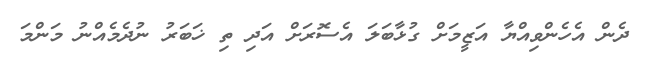
ދެން އެހެންވިއްޔާ އަޒީމަށް ގުޅާބަލަ އެސޮރަށް އަދި ތި ޚަބަރު ނުދެމެއްނު މަންމަ